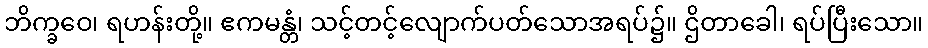
ဘိက္ခဝေ၊ ရဟန်းတို့။ ဧကမန္တံ၊ သင့်တင့်လျောက်ပတ်သောအရပ်၌။ ဌိတာခေါ၊ ရပ်ပြီးသော။